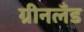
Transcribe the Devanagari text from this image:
ग्रीनलॅंड